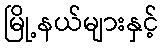
မြို့နယ်များနှင့်